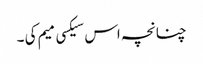
چنانچہ اس سیکسی میم کی ۔